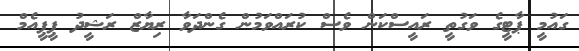
ގައުމީ ޕާޓީގެ ވަގުތީ ރައީސްކަން ވެސް ކުރައްވަމުން ގެންދަވާ ރިޔާޒް ރަޝީދު ޕީޕީއެމް